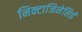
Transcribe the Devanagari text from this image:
निक्टाजिनेसिई